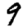
Digit: 9